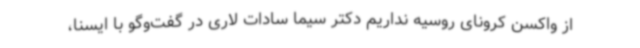
از واکسن کرونای روسیه نداریم دکتر سیما سادات لاری در گفت‌وگو با ایسنا،